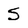
Character: 5